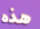
هذه